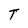
Character: T